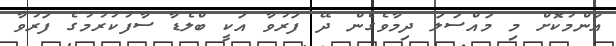
އާންމުކޮށް މި މައްސަލަ ދިމާވެގެން ދޭ ފަރުވާ އަކީ ބްލެޑާ ސާފުކުރުމުގެ ފަރުވާ